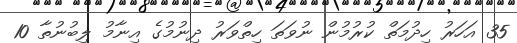
35 އަހަރު ހިދުމަތް ކުރުމުން ނުވަތަ ހިތްވަރު ދިނުމުގެ އިނާމު ލިބުނުތާ 10